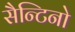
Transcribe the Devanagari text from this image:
सैन्टिनो